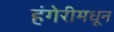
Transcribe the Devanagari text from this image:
हंगेरीमधून